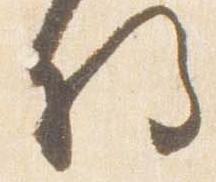
将